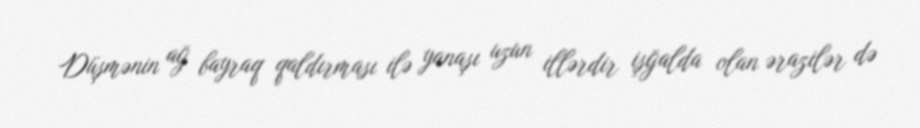
Düşmənin ağ bayraq qaldırması ilə yanaşı uzun illərdir işğalda olan ərazilər də